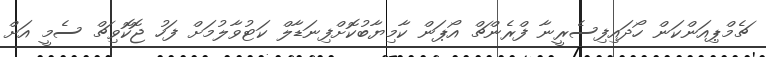
ޗެމްޕިއަންކަން ހޯދައިފިސެރީނާ ފްރެންޗް އޯޕަން ކާމިޔާބުކޮށްފިނަޑާލް ކަޓުުވާލުމަށް ފަހު ޖޮކޮވިޗް ސެމީ އަށް